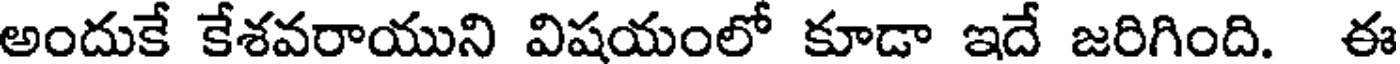
అందుకే కేశవరాయుని విషయంలో కూడా ఇదే జరిగింది. ఈ